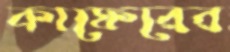
কাফেরের